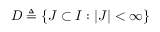
D \triangleq \{ J \subset I : | J | < \infty \}